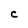
Character: C